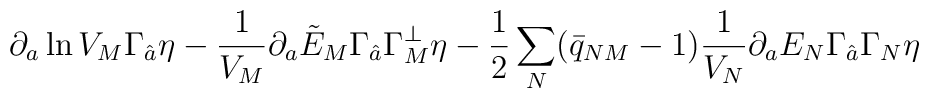
\partial_a \ln V_M \Gamma_{\hat{a}}\eta-{1\over V_M} \partial_a\tilde{E}_M\Gamma_{\hat{a}}\Gamma_M^\perp \eta -{1\over 2}\sum_N (\bar{q}_{NM}-1){1\over V_N}\partial_a E_N\Gamma_{\hat{a}} \Gamma_N \eta \qquad\qquad